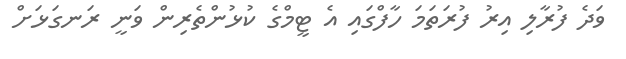
ވަދެ ފުރާލި އިރު ފުރަތަމަ ހާފްގައި އެ ޓީމްގެ ކުޅުންތެރިން ވަނީ ރަނގަޅަށް